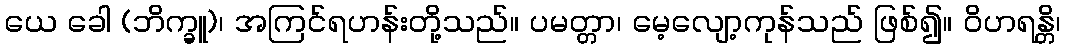
ယေ ခေါ (ဘိက္ခူ)၊ အကြင်ရဟန်းတို့သည်။ ပမတ္တာ၊ မေ့လျော့ကုန်သည် ဖြစ်၍။ ဝိဟရန္တိ၊